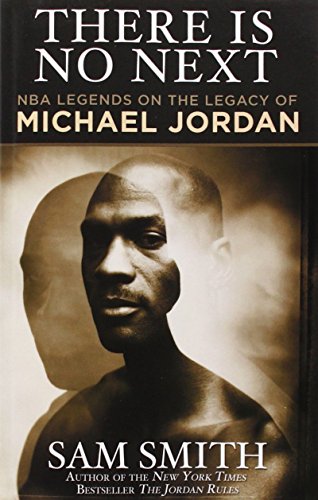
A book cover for There Is No Next: NBA Legends on the Legacy of Michael Jordan; Sam Smith; Biographies & Memoirs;